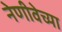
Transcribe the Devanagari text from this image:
नेणीवेच्या